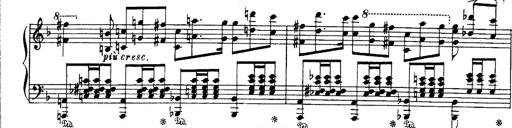
Title: Paraphrase de concert sur Ernani II
Composer: Franz Liszt